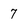
Character: 7